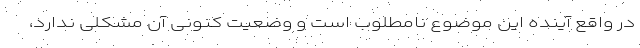
در واقع آینده این موضوع نامطلوب است و وضعیت کنونی آن مشکلی ندارد،